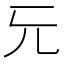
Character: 𠑶